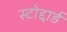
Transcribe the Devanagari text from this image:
स्टोद्दार्ड